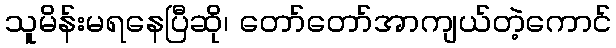
သူမိန်းမရနေပြီဆို၊ တော်တော်အာကျယ်တဲ့ကောင်